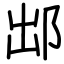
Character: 䢺